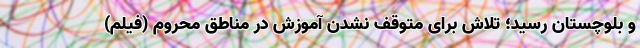
و بلوچستان رسید؛ تلاش برای متوقف نشدن آموزش در مناطق محروم (فیلم)